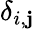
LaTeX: \delta_{i,\mathbf{j}}